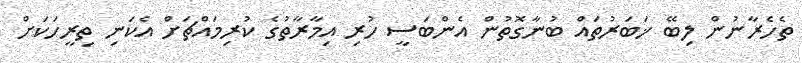
ތެހެރާނުން ލިބޭ ޚަބަރުތައް ބުނާގޮތުން އެންބަސީ ހުރި އިމާރާތުގެ ކުރިމައްޗަށް އެކަނި ތިރީހަކަށް